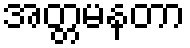
အတ္တမနတာ